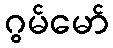
ဂွမ်မော်